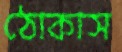
ঠোকাস